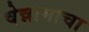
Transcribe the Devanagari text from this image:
चेन्नामाचा